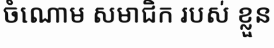
ចំណោម សមាជិក របស់ ខ្លួន